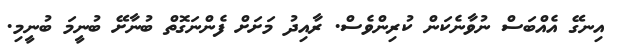
އިނގޭ އެއްބަސް ނުވާނެކަން ކުރިންވެސް. ރާއިދު މަށަށް ފެންނަގޮތް ބުނާށޭ ބުނީމަ ބުނީމި.